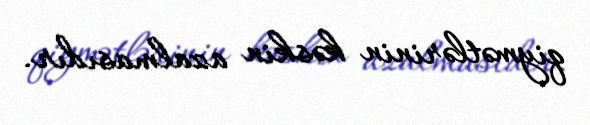
qiymətlərinin kəskin azalmasıdır.